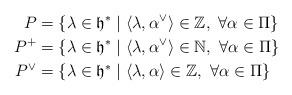
LaTeX: \begin{align*} P&=\{\lambda\in\mathfrak{h}^*\mid \langle\lambda,\alpha^\vee\rangle\in\mathbb{Z},\ \forall \alpha\in\Pi\}\\ P^+&=\{\lambda\in\mathfrak{h}^*\mid \langle \lambda,\alpha^\vee\rangle\in\mathbb{N},\ \forall \alpha\in\Pi\}\\ P^\vee&=\{\lambda\in\mathfrak{h}^*\mid \langle\lambda,\alpha\rangle\in\mathbb{Z},\ \forall \alpha\in\Pi\}\end{align*}